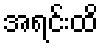
အရင်းထိ